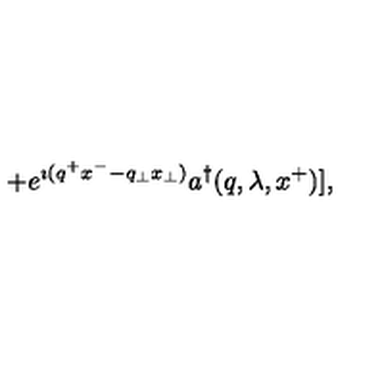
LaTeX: + e ^ { \imath ( q ^ { + } x ^ { - } - q _ { \perp } x _ { \perp } ) } a ^ { \dagger } ( q , \lambda , x ^ { + } ) ] ,